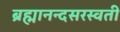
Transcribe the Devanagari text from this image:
ब्रह्मानन्दसरस्वती